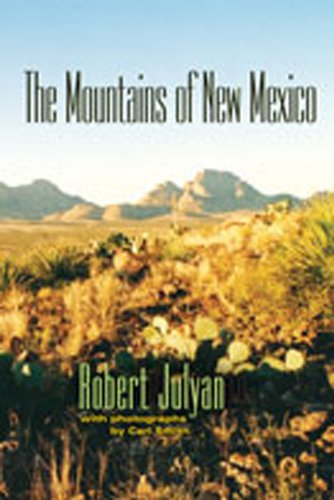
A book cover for The Mountains of New Mexico; Robert Julyan; Science & Math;